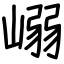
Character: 嵶